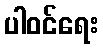
ပါဝင်ရေး